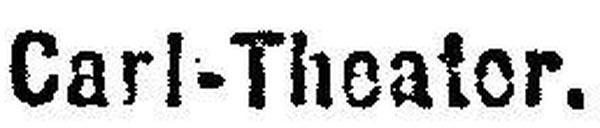
Carl-Theater.